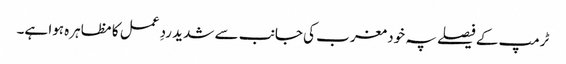
ٹرمپ کے فیصلے پہ خود مغرب کی جانب سے شدید ردِ عمل کا مظاہرہ ہوا ہے۔